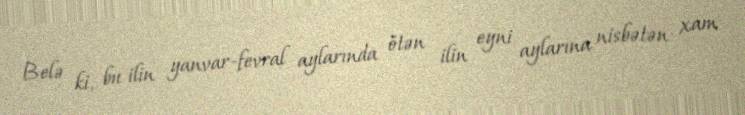
Belə ki, bu ilin yanvar-fevral aylarında ötən ilin eyni aylarına nisbətən xam